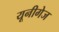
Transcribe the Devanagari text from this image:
यूनीगेज